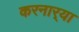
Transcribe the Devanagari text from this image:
करनार्‍या